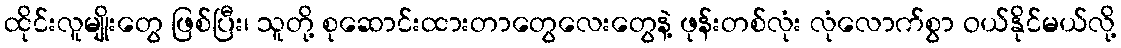
ထိုင်းလူမျိုးတွေ ဖြစ်ပြီး၊ သူတို့ စုဆောင်းထားတာတွေလေးတွေနဲ့ ဖုန်းတစ်လုံး လုံလောက်စွာ ဝယ်နိုင်မယ်လို့